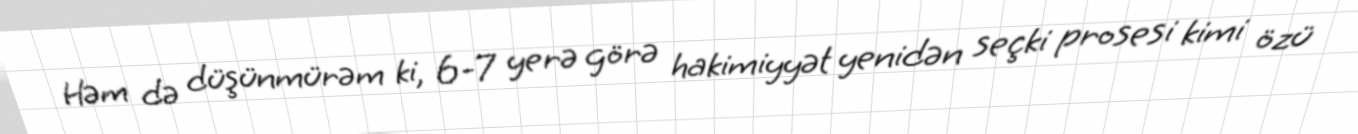
Həm də düşünmürəm ki, 6-7 yerə görə hakimiyyət yenidən seçki prosesi kimi özü